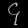
Digit: ၄